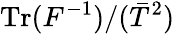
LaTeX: \mathrm{Tr}({F}^{-1})/(\bar{T}^{2})